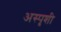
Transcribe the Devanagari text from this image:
अस्पृशी